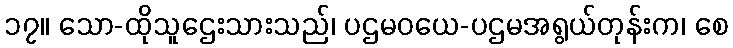
၁၇။ သော-ထိုသူဌေးသားသည်၊ ပဌမဝယေ-ပဌမအရွယ်တုန်းက၊ စေ